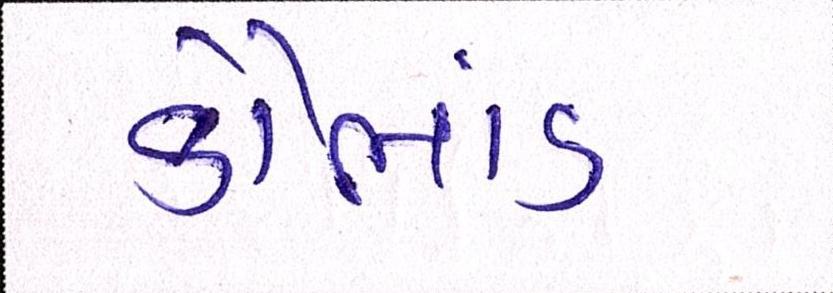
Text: કૌભાંડ